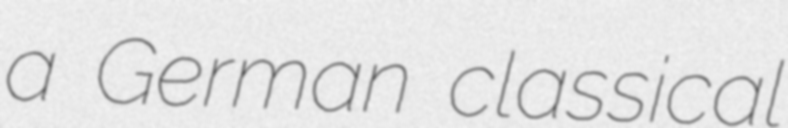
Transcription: a German classical